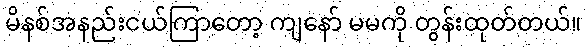
မိနစ်အနည်းငယ်ကြာတော့ ကျနော် မမကို တွန်းထုတ်တယ်။